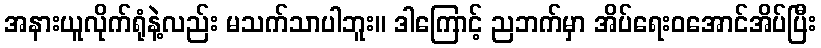
အနားယူလိုက်ရုံနဲ့လည်း မသက်သာပါဘူး။ ဒါကြောင့် ညဘက်မှာ အိပ်ရေးဝအောင်အိပ်ပြီး